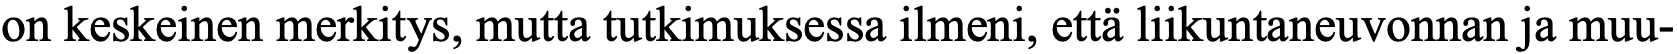
on keskeinen merkitys, mutta tutkimuksessa ilmeni, että liikuntaneuvonnan ja muu-